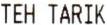
TEH TARIK